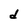
Character: d